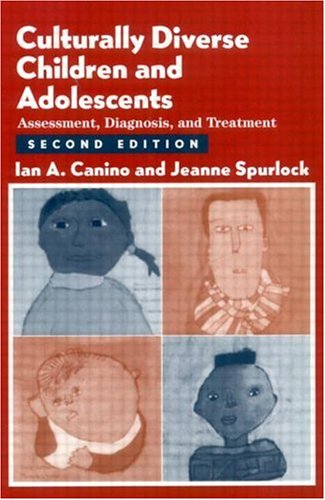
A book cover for Culturally Diverse Children and Adolescents: Assessment , Diagnosis, and Treatment, Second Edition; Ian A. Canino; Medical Books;